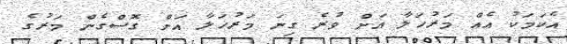
އެކަމަކު އެއް މަރުހަލާ އަށް ވުރެ ގިނަ މަރުހަލާ އަށް ގޮސްގެން މަރުގެ